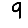
Digit: 9